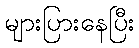
များပြားနေပြီး